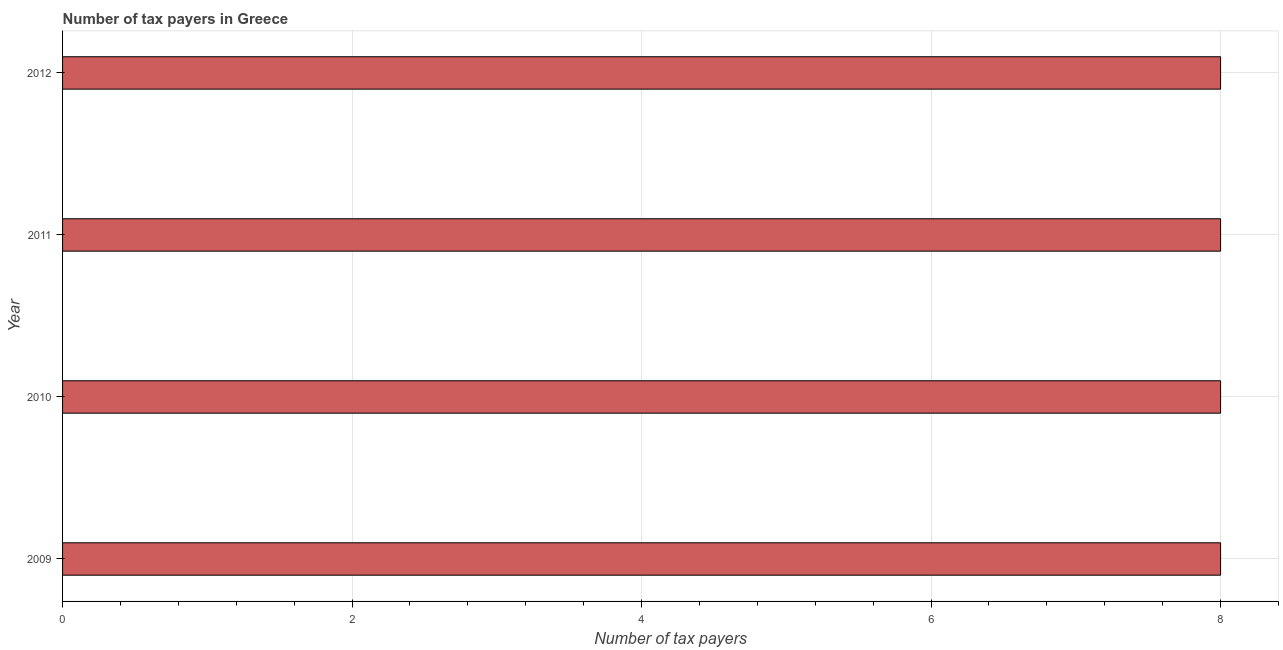
| Year | Tax payments |
 | --- | --- |
 | 2009 | 8 |
 | 2010 | 8 |
 | 2011 | 8 |
 | 2012 | 8 |